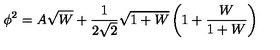
\phi ^ { 2 } = A \sqrt { W } + \frac { 1 } { 2 \sqrt { 2 } } \sqrt { 1 + W } \left( 1 + \frac { W } { 1 + W } \right)